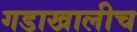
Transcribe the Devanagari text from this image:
गडाखालीच